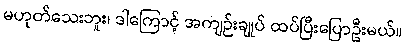
မဟုတ်သေးဘူး၊ ဒါကြောင့် အကျဉ်းချုပ် ထပ်ပြီးပြောဦးမယ်။